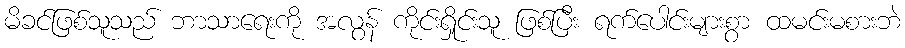
မိခင်ဖြစ်သူသည် ဘာသာရေးကို အလွန် ကိုင်းရှိုင်းသူ ဖြစ်ပြီး ရက်ပေါင်းများစွာ ထမင်းမစားဘဲ